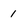
Character: 1